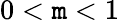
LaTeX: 0<\mathtt{m}<1